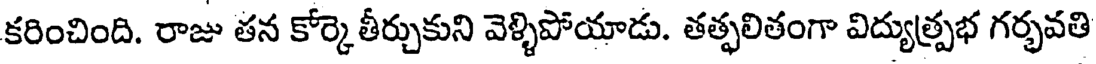
కరించింది. రాజు తన కోర్కెతీర్చుకుని వెళ్ళిపోయాడు. తత్ఫలితంగా విద్యుత్ప్రభ గర్భవతి